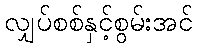
လျှပ်စစ်နှင့်စွမ်းအင်